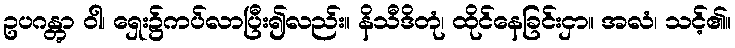
ဥပဂန္တွာ ဝါ၊ ရှေး၌ကပ်လာပြီး၍လည်း။ နိသီဒိတုံ၊ ထိုင်နေခြင်းငှာ။ အလံ၊ သင့်၏။